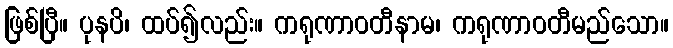
ဖြစ်ပြီ။ ပုနပိ၊ ထပ်၍လည်း။ ကရုဏာဝတီနာမ၊ ကရုဏာဝတီမည်သော။